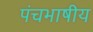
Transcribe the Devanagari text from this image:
पंचभाषीय